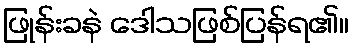
ဖြုန်းခနဲ ဒေါသဖြစ်ပြန်ရ၏။